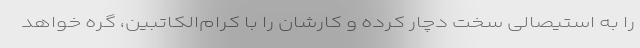
را به استیصالی سخت دچار کرده و کارشان را با کرام‌الکاتبین، گره خواهد